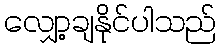
လျှော့ချနိုင်ပါသည်